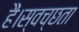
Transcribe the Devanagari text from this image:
हैं।स्वच्छता